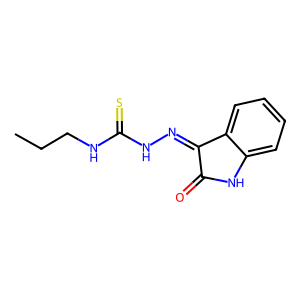
SMILES: CCCNC(=S)NN=C1C(=O)Nc2ccccc21
Inhibits HIV replication: No